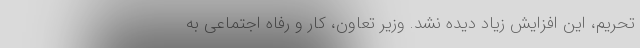
تحریم، این افزایش زیاد دیده نشد. وزیر تعاون، کار و رفاه اجتماعی به